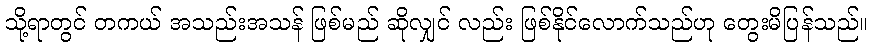
သို့ရာတွင် တကယ် အသည်းအသန် ဖြစ်မည် ဆိုလျှင် လည်း ဖြစ်နိုင်လောက်သည်ဟု တွေးမိပြန်သည်။